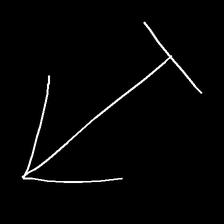
Glyph: levitation